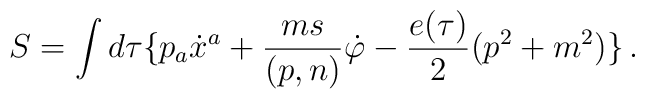
S =\int d\tau\{ p_a \dot{x}^a+\frac{ms}{(p,n)}\dot{\varphi}-\frac{e(\tau )}{2}(p^2+m^2)\}\, .